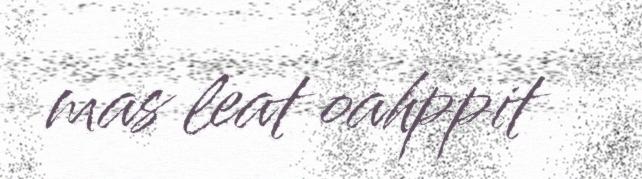
mas leat oahppit